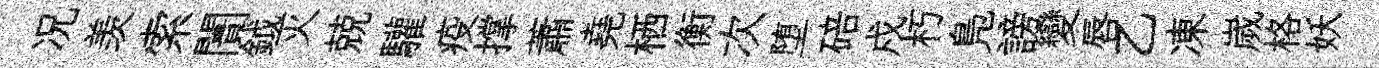
况羡索闠鉞灭兢驩疫撑蕭堯栖衡次堕碚戍朽鳬謗變唇乙凍嵗格妖